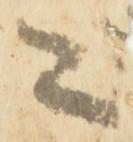
々